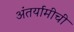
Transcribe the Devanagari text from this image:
अंतर्यामीची